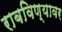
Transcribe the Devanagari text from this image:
राबविण्यावर